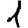
Digit: 1